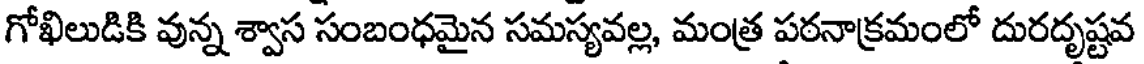
గోఖిలుడికి వున్న శ్వాస సంబంధమైన సమస్యవల్ల, మంత్ర పఠనాక్రమంలో దురదృష్టవ